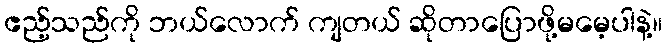
ဧည့်သည်ကို ဘယ်လောက် ကျတယ် ဆိုတာပြောဖို့မမေ့ပါနဲ့။